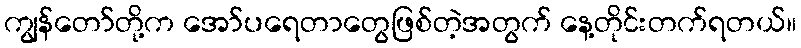
ကျွန်တော်တို့က အော်ပရေတာတွေဖြစ်တဲ့အတွက် နေ့တိုင်းတက်ရတယ်။